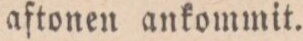
aftonen ankommit.